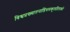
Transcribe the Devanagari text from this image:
विश्वप्रख्यातनाडिंधमकुलतिलको